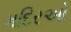
મદિરઓ